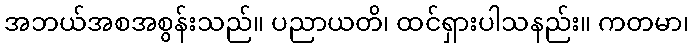
အဘယ်အစအစွန်းသည်။ ပညာယတိ၊ ထင်ရှားပါသနည်း။ ကတမာ၊